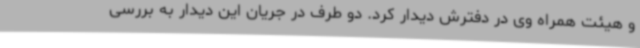
و هیئت همراه وی در دفترش دیدار کرد. دو طرف در جریان این دیدار به بررسی